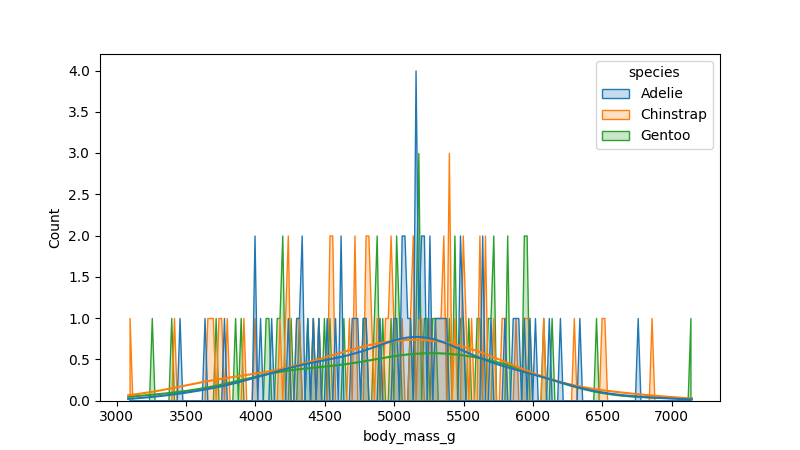
python, seaborn, histplot, hue='species', binwidth=20, bins='20', element='poly'